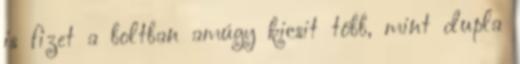
is fizet a boltban amúgy kicsit több, mint dupla